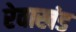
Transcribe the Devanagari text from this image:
रेवाखंड